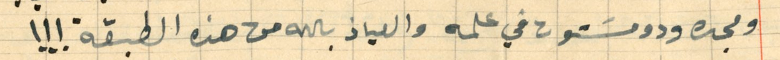
ومجده ودومسَتون في علمه والعياذ بالله من هذه الطبقة!!!